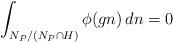
LaTeX: \begin{align*}\int_{N_{P}/(N_{P}\cap H)}\phi(gn)\,dn=0\end{align*}